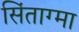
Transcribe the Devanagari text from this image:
सिंताग्मा